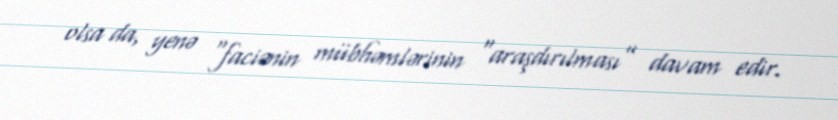
olsa da, yenə “faciənin mübhəmlərinin “araşdırılması” davam edir.